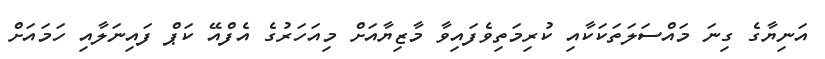
އަނިޔާގެ ގިނަ މައްސަލަތަކަކާއި ކުރިމަތިވެފައިވާ މާޒިޔާއަށް މިއަހަރުގެ އެފްއޭ ކަޕް ފައިނަލާއި ހަމައަށް